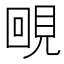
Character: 𧠲